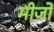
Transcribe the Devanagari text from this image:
मीजो